Rangoon Lunatic Asylum 1878-1892 - 1878-1892
Year: 1878
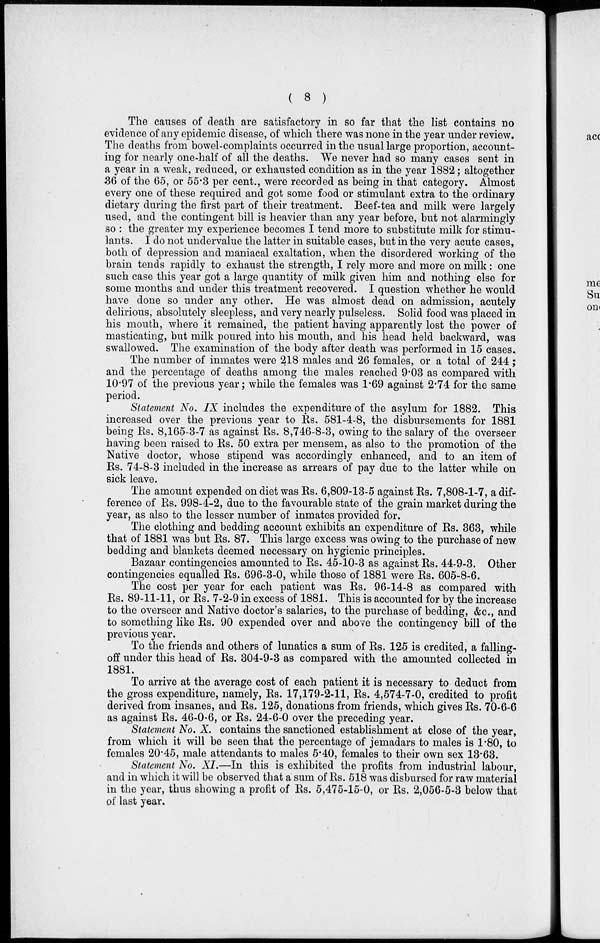
( 8 )
The causes of death are satisfactory in so far that the list contains no
evidence of any epidemic disease, of which there was none in the year under review.
The deaths from bowel-complaints occurred in the usual large proportion, account-
ing for nearly one-half of all the deaths. We never had so many cases sent in
a year in a weak, reduced, or exhausted condition as in the year 1882; altogether
36 of the 65, or 55.3 per cent., were recorded as being in that category. Almost
every one of these required and got some food or stimulant extra to the ordinary
dietary during the first part of their treatment. Beef-tea and milk were largely
used, and the contingent bill is heavier than any year before, but not alarmingly
so : the greater my experience becomes I tend more to substitute milk for stimu-
lants. I do not undervalue the latter in suitable cases, but in the very acute cases,
both of depression and maniacal exaltation, when the disordered working of the
brain tends rapidly to exhaust the strength, I rely more and more on milk: one
such case this year got a large quantity of milk given him and nothing else for
some months and under this treatment recovered. I question whether he would
have done so under any other. He was almost dead on admission, acutely
delirious, absolutely sleepless, and very nearly pulseless. Solid food was placed in
his mouth, where it remained, the patient having apparently lost the power of
masticating, but milk poured into his mouth, and his head held backward, was
swallowed. The examination of the body after death was performed in 15 cases.
The number of inmates were 218 males and 26 females, or a total of 244;
and the percentage of deaths among the males reached 9.03 as compared with
10.97 of the previous year; while the females was 1.69 against 2.74 for the same
period.
Statement No. IX includes the expenditure of the asylum for 1882. This
increased over the previous year to Rs. 581-4-8, the disbursements for 1881
being Rs. 8,165-3-7 as against Rs. 8,746-8-3, owing to the salary of the overseer
having been raised to Rs. 50 extra per mensem, as also to the promotion of the
Native doctor, whose stipend was accordingly enhanced, and to an item of
Rs. 74-8-3 included in the increase as arrears of pay due to the latter while on
sick leave.
The amount expended on diet was Rs. 6,809-13-5 against Rs. 7,808-1-7, a dif-
ference of Rs. 998-4-2, due to the favourable state of the grain market during the
year, as also to the lesser number of inmates provided for.
The clothing and bedding account exhibits an expenditure of Rs. 363, while
that of 1881 was but Rs. 87. This large excess was owing to the purchase of new
bedding and blankets deemed necessary on hygienic principles.
Bazaar contingencies amounted to Rs. 45-10-3 as against Rs. 44-9-3. Other
contingencies equalled Rs. 696-3-0, while those of 1881 were Rs. 605-8-6.
The cost per year for each patient was Rs. 96-14-8 as compared with
Rs. 89-11-11, or Rs. 7-2-9 in excess of 1881. This is accounted for by the increase
to the overseer and Native doctor's salaries, to the purchase of bedding, &c, and
to something like Rs. 90 expended over and above the contingency bill of the
previous year.
To the friends and others of lunatics a sum of Rs. 125 is credited, a falling-
off under this head of Rs. 304-9-3 as compared with the amounted collected in
1881.
To arrive at the average cost of each patient it is necessary to deduct from
the gross expenditure, namely, Rs. 17,179-2-11, Rs. 4,574-7-0, credited to profit
derived from insanes, and Rs. 125, donations from friends, which gives Rs. 70-6-6
as against Rs. 46-0-6, or Rs. 24-6-0 over the preceding year.
Statement No. X. contains the sanctioned establishment at close of the year,
from which it will be seen that the percentage of jemadars to males is 1.80, to
females 20.45, male attendants to males 5.40, females to their own sex 13.63.
Statement No. XI.—In this is exhibited the profits from industrial labour,
and in which it will be observed that a sum of Rs. 518 was disbursed for raw material
in the year, thus showing a profit of Rs. 5,475-15-0, or Rs. 2,056-5-3 below that
of last year.